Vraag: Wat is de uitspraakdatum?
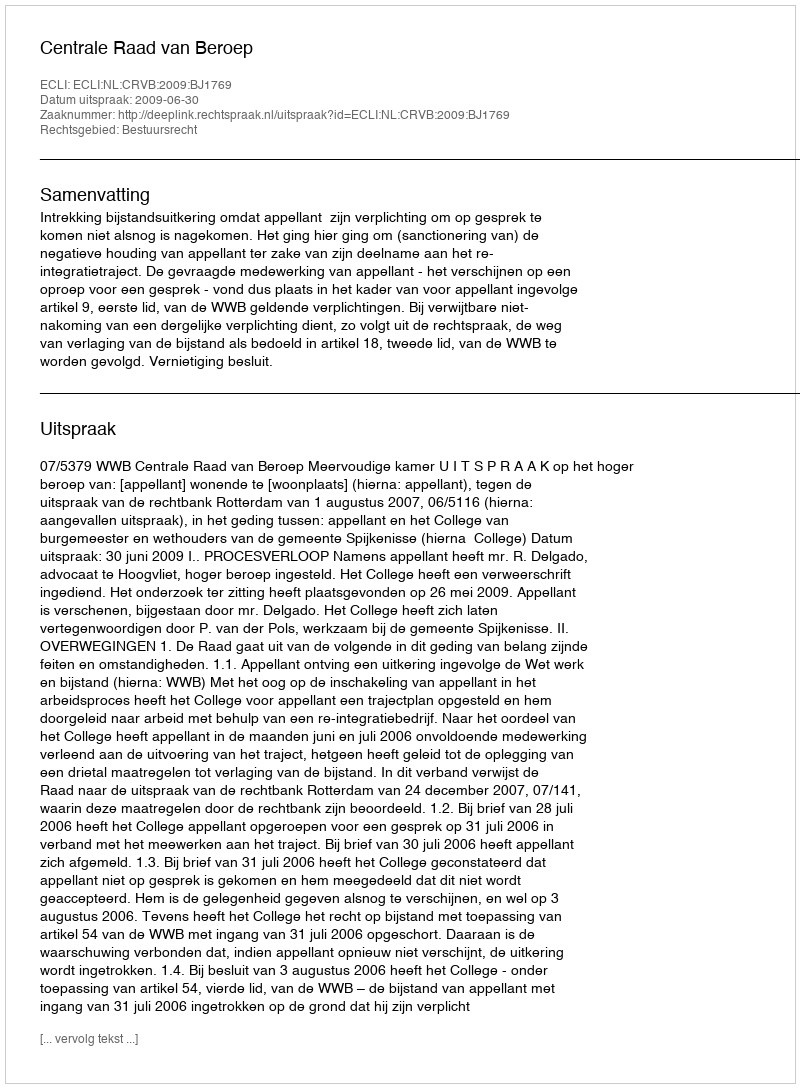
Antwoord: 2009-06-30